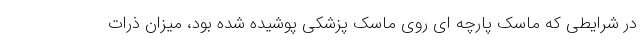
در شرایطی که ماسک پارچه ای روی ماسک پزشکی پوشیده شده بود، میزان ذرات